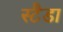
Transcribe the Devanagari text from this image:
स्टैडा